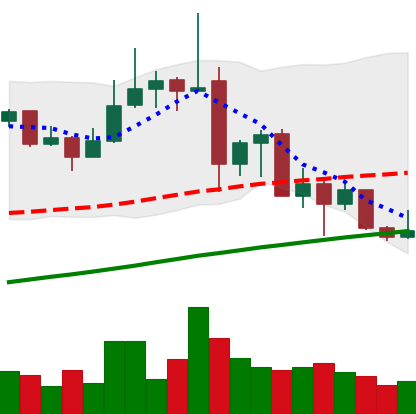
Ticker: ADA-USD
Chart end date: 2019-07-06
Forward return: -15.693%
Label: down_7plus